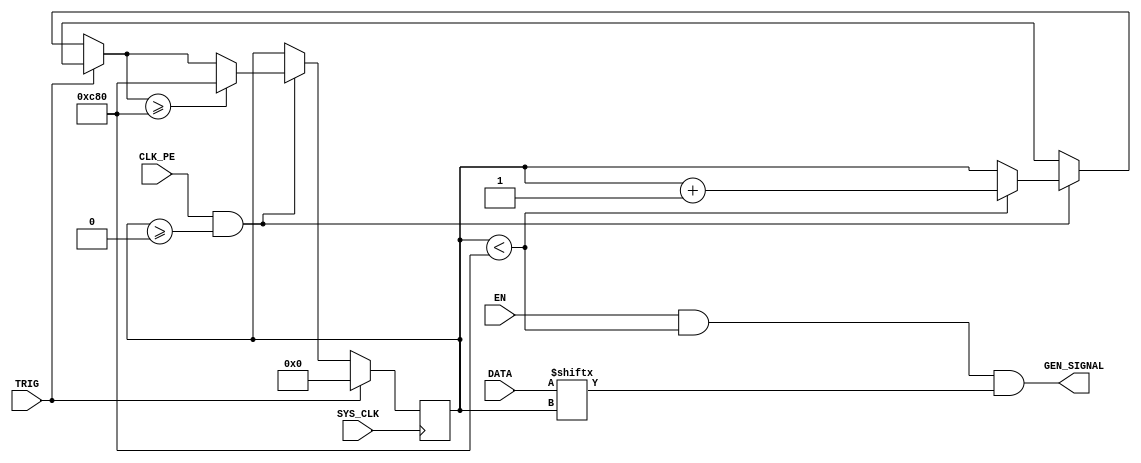
module azimuth_signal_generator #
    (
        parameter SIZE = 3200
    )
    (
        (* X_INTERFACE_PARAMETER = "POLARITY ACTIVE_HIGH" *)
        input wire EN,

        input wire TRIG,

        input wire [SIZE-1:0] DATA,

        input wire CLK_PE,

        // Declare the attributes above the port declaration
        (* X_INTERFACE_INFO = "xilinx.com:signal:clock:1.0 SYS_CLK CLK" *)
        // Supported parameters: ASSOCIATED_CLKEN, ASSOCIATED_RESET, ASSOCIATED_ASYNC_RESET, ASSOCIATED_BUSIF, CLK_DOMAIN, PHASE, FREQ_HZ
        // Output clocks will require FREQ_HZ to be set (note the value is in HZ and an integer is expected).
        (* X_INTERFACE_PARAMETER = "FREQ_HZ 100000000" *)
        input wire SYS_CLK,

        output wire GEN_SIGNAL
    );

    // function called clogb2 that returns an integer which has the
    // value of the ceiling of the log base 2.
    function integer clogb2 (input integer bit_depth);
      begin
        for(clogb2=0; bit_depth>0; clogb2=clogb2+1)
          bit_depth = bit_depth >> 1;
      end
    endfunction

    localparam BITS = clogb2(SIZE);

    reg [BITS-1:0] clk_idx = 1'b0;

    always @(posedge SYS_CLK) begin
        if (TRIG) begin
            clk_idx = 0;
        end else if (CLK_PE && (clk_idx >= 0)) begin
            if (clk_idx < SIZE) begin
                clk_idx = clk_idx + 1;
            end
            if (clk_idx >= SIZE) begin
                clk_idx = SIZE;
            end
        end
    end

    // generates the signal (0/1) based on the memory register for the current time (clk_idx in DATA)
    assign GEN_SIGNAL = EN && (clk_idx < SIZE) && DATA[clk_idx];

endmodule